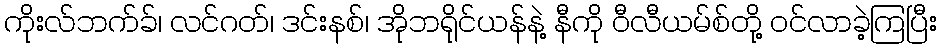
ကိုးလ်ဘက်ခ်၊ လင်ဂတ်၊ ဒင်းနစ်၊ အိုဘရိုင်ယန်နဲ့ နီကို ဝီလီယမ်စ်တို့ ဝင်လာခဲ့ကြပြီး